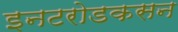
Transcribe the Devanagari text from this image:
इनटरोडकसन